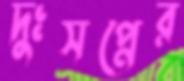
দুঃসপ্নের